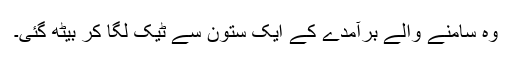
وہ سامنے والے برآمدے کے ایک ستون سے ٹیک لگا کر بیٹھ گئی۔